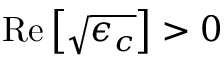
\mathrm { R e } \left[ \sqrt { \epsilon _ { c } } \right] > 0